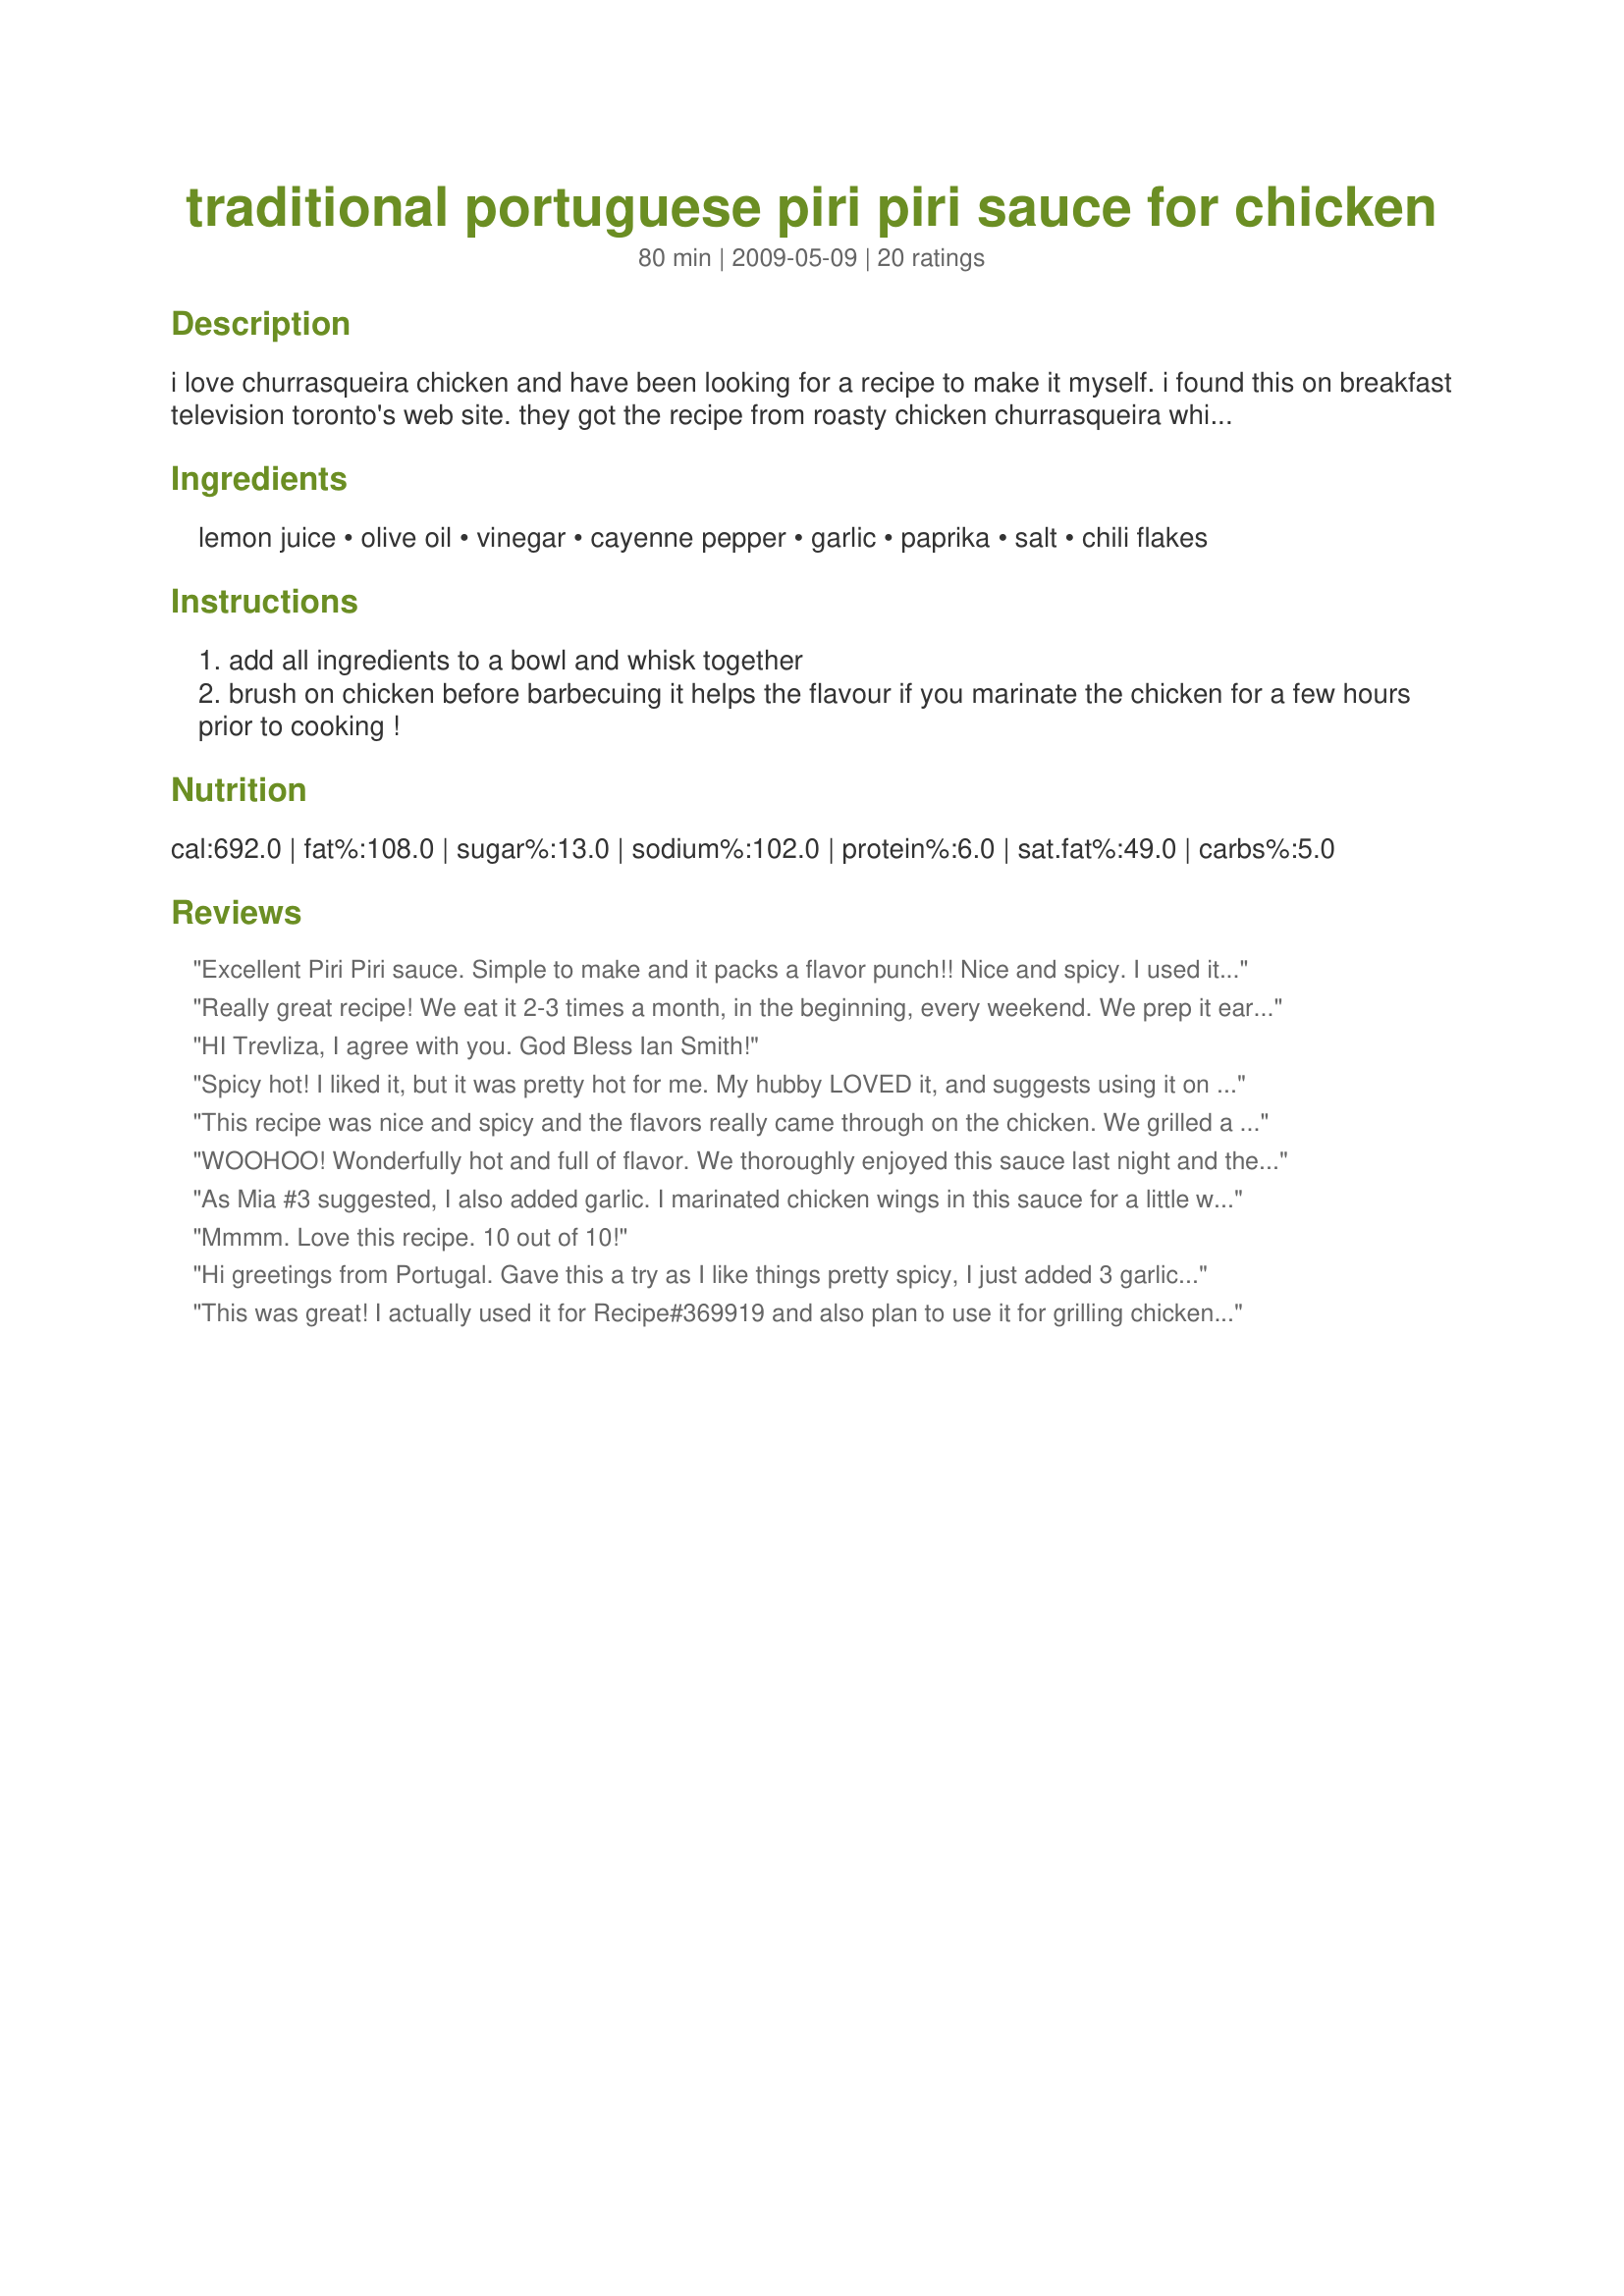
traditional portuguese piri piri sauce for chicken
Preparation time: 80 minutes

i love churrasqueira chicken and have been looking for a recipe to make it myself. i found this on breakfast television toronto's web site. they got the recipe from roasty chicken churrasqueira which is in the town of maple just north of toronto. a friend told me that she's used this sauce for fish and shrimp, too. i've tried it on shrimp and it's wonderful. simply marinate the shrimp for an hour and then drain the shrimp, discard the sauce and grill the shrimp on the barbie.

Ingredients:
lemon juice, olive oil, vinegar, cayenne pepper, garlic, paprika, salt, chili flakes

Steps:
add all ingredients to a bowl and whisk together
brush on chicken before barbecuing it helps the flavour if you marinate the chicken for a few hours prior to cooking !

Reviews:
Excellent Piri Piri sauce. Simple to make and it packs a flavor punch!! Nice and spicy. I used it in a chicken recipe with rice. I have enough left over to it for basting & grilling chicken next time. ~Made for ZWT 5~
Really great recipe! We eat it 2-3 times a month, in the beginning, every weekend. We prep it early in the day and the result is really juicy and tender breast! Subbed vinegar for balsamic and it made a big difference in the taste. A 15/10 recipe for sure.......even if it isn't the true method described by treliza. Will certainly give yours a try!
HI Trevliza, I agree with you. God Bless Ian Smith!
Spicy hot! I liked it, but it was pretty hot for me. My hubby LOVED it, and suggests using it on other things as well. We basted it on chicken breasts on the grill. What was left over I boiled, then froze for future use. It's a keeper. Made for ZWT8
This recipe was nice and spicy and the flavors really came through on the chicken. We grilled a whole chicken, basting it in this marinade. It is hot, which we like, so if you like things less spicy, you may wish to adjust ingredient amounts. As rusticgirl suggested, we used red wine vinegar. Thanks for posting. Made for ZWT7
WOOHOO! Wonderfully hot and full of flavor. We thoroughly enjoyed this sauce last night and there is plenty left for another round! I think it would make a great marinade... Made for the Genies of Gourmet, ZWT 5! Yummy recipe Dorit! (-:
As Mia #3 suggested, I also added garlic. I marinated chicken wings in this sauce for a little while, then grilled them. Delicious! I will be enjoying this again! Made for ZWT5.
Mmmm. Love this recipe. 10 out of 10!
Hi greetings from Portugal. Gave this a try as I like things pretty spicy, I just added 3 garlic cloves and grinded them with sea salt, then added too the rest of the ingredients. Its was perfect. You can come and B.Q. at my house anytime, just as long as you brings the sauce, and don't forget the garlic!!! LOL LOL!
Thanks for posting this receipe.
This was great! I actually used it for Recipe#369919 and also plan to use it for grilling chicken since I have plenty left over. Made for the Epicurean Queens, ZWT5: Family Picks.
Really enjoyed this sauce. I was making a trio of chicken sauces for lunch today. DH grilled chicken breasts for two of the sauces & I put chicken breasts cut into strips into a 9x9 baking dish, brushed with this sauce & baked at 350 for about 20 minutes, turning & basting again halfway through. The chicken was so tender & the sauce just delicious! Not too spicy at all unless you dipped the bites into it on the side, which I did but not DH or DS. I also drizzled it over white rice & enjoyed it very much that way also. Super easy to make & I can't wait to try marinating meat in it. Thanks for posting, Dreamer! Made for ZWT5 - Ali Baba's Babes.
Since finding this recipe I make it at least 3 times a week! My husband can't get enough of it. I'm originally from Rhodesia, where the Peri Peri chicken was popular. It's delicious served with french fries. I prefer to cook mine in a foil disposable container on the grill rather than the oven. Thank you so much for posting it. Yumm!!!
Better than store-bought Piri Piri! I added some smoked garlic cloves per Mia#3's review, we put garlic in just about everything. :)
Made for ZWT5, Hell's Kitchen Angels.
Just got back from the UK and wanted to try this on some chicken - fantastic recipe. Piri piri in the UK can be a tad on the mild side - this one is great. Didn&#039;t think it was too spicy - might even crank it up a bit next time. Thanks!
Excellent. I grew up using piri piri (Portuguese family), so it's nice to have a homemade recipe that rocks. I add tons more garlic, and I use red wine vinegar. Different vinegars give slightly different flavours, so use whatever you've got in the pantry and experiment :)
This makes a very good sauce. I'd never had piri-piri sauce so i wasn't exactly sure what to expect. I used this for Recipe #369919 and it worked wonderfully. Thanks for posting!
Actually this is not Portuguese. It is from Africa and Mozambique in particular. The Portuguese use a paprika or chilli infused oil with their chicken. Peri Peri is different.
What a great SPICY sauce to brush onto chicken. We really enjoyed this. Made for ZWT7
Your recipe sounds delicious, but the genuinely authentic piri piri sauce has been &quot;bastardized&quot; by every recipe claiming to be the original! I am 70 and was raised in Rhodesia and ate chicken piri piri from a young age because it was &quot;invented&quot; in our neighboring country of Mozambique. Portugal sent chilies to its two African colonies of Angola and Mozambique about 200 years ago because it could not find a commercial use for them, and it was in the town of Beira (Mozambique) in the late 1890s that an elderly lady managed to produce this superlative of all salivating sauces. She only used two ingredients (3 if you include a little water), but ingeniously created a taste that transcends all others. The ingredients? Birds eye chillies and lemon juice. The secret? Simmer the diced up chillies in the lemon juice for at least 8 hours adding just enough water to stop the mixture catching, but not enough to prevent the caramelisation of the mixture. The enzymes of both ingredients dance tenderly together in this slow process and a flavour is born that is neither viciously hot nor too acidic, but instead sweet, in a smokey way, and piquant without the bite. And a smell to entice the most numbed of nostrils! Once cooked to perfection the mixture would then be blended with a mortise and pestle to a juicy paste adding water, if necessary, for consistency . I, too, have bastardized this process, but it has not distracted from the original outcomes and flavour. I use an electric blender (juicer) to combine the chilies and lemon juice and then (barely) simmer the liquid for 8-10 hours instead of grinding it to a paste. My preference is 100 grams of chillies to 14 lemons for a stronger, hotter sauce, but it can be adjusted to half or a quarter of the chilii content to suit other tastes. I also love lots of salt on my meat, but not in the sauce. (I am posting this on other piri piri sites to try and correct misinformation about the &quot;original&quot; recipe).
This chicken turned out awesome! I'll admit that I was worried about it being too spicy, especially for DH so I cut the cayenne and chili flakes down to a teaspoon each. In the end, I realized I probably didn't even need to because it was delicious and not too spicy at all. In fact DH mentioned at least 3 times how good it was, which says a lot since he's so darn picky usually! I marinaded boneless, skinless chicken breasts in this sauce for a little more than 2 hours and then browned in a little olive oil for a few minutes on each side and then finished it off in the oven for another 20 minutes at 375 degrees. I'll be making this again for sure. Thanks for posting this great recipe!
Made and reviewed for ZWT-5.
